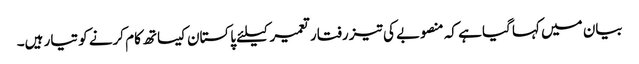
بیان میں کہا گیا ہے کہ منصوبے کی تیز رفتار تعمیر کیلئے پاکستان کیساتھ کام کرنے کو تیار ہیں۔